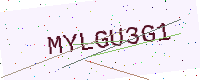
Text: MYLGU3G1